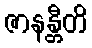
ဇာနန္တီတိ